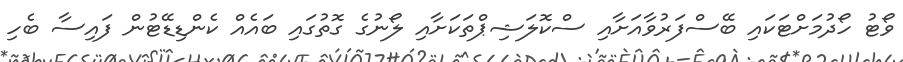
ވޯޓު ހޯދުމަށްޓަކައި ބޭސްފަރުވާއަށާއި ސްކޮލަޝިޕްތަކަށާއި ލޯނުގެ ގޮތުގައި ބައެއް ކެންޑިޑޭޓުން ފައިސާ ބެހި